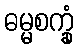
ဓမ္မစက္ခုံ